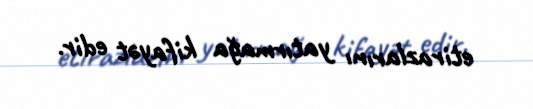
etirazlarını yatırmağa kifayət edir.